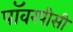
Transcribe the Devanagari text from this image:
पॉवरपीसी